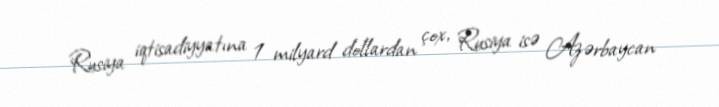
Rusiya iqtisadiyyatına 1 milyard dollardan çox, Rusiya isə Azərbaycan